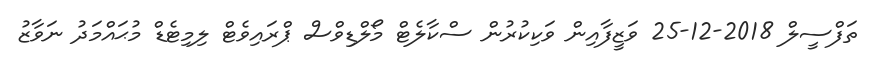
ތަފްސީލް 2018-12-25 ވަޒީފާއިން ވަކިކުރުން ސްކާލެޓް މޯލްޑިވްސް ޕްރައިވެޓް ލިމިޓެޑް މުޙައްމަދު ނަވާޒު